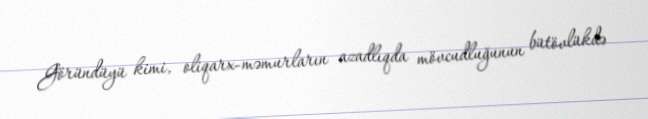
Göründüyü kimi, oliqarx-məmurların azadlıqda mövcudluğunun bütövlükdə